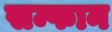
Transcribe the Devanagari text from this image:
सम्फान